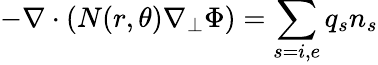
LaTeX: -\nabla\cdot(N(r,\theta)\nabla_{\perp}\Phi)=\sum_{s=i,e}q_{s}n_{s}